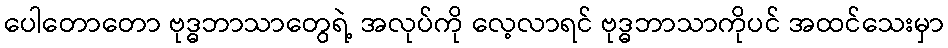
ပေါတောတော ဗုဒ္ဓဘာသာတွေရဲ့ အလုပ်ကို လေ့လာရင် ဗုဒ္ဓဘာသာကိုပင် အထင်သေးမှာ